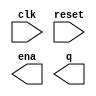
// Build a 4-digit BCD (binary-coded decimal) counter. Each decimal digit is encoded using 4 bits: q[3:0] is the ones digit, q[7:4] is the tens digit, etc. For digits [3:1], also output an enable signal indicating when each of the upper three digits should be incremented.

// You may want to instantiate or modify some one-digit decade counters.

module top_module (
    input clk,
    input reset,   // Synchronous active-high reset
    output [3:1] ena,
    output [15:0] q);

    // Insert your code here

endmodule